Scientific memoirs by medical officers of the Army of India - Part VI,
Year: 1891
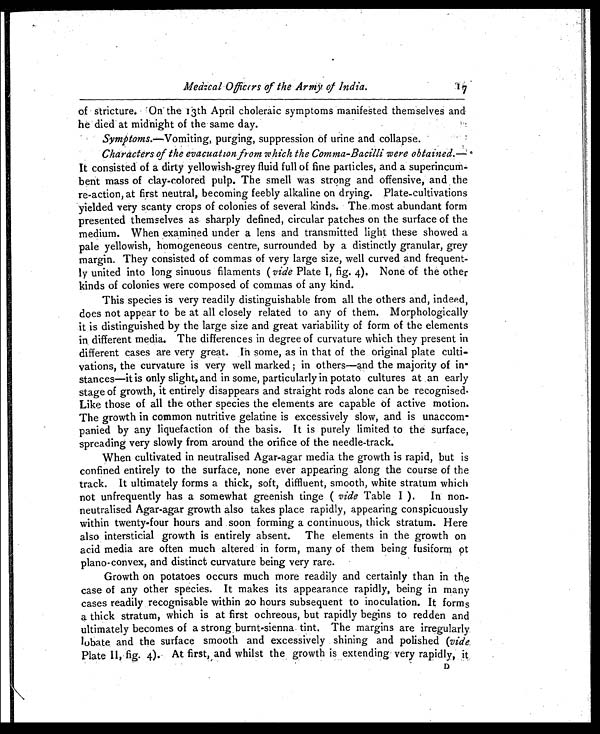
Medical Officers of the Army of India.
of stricture. On the 13th April choleraic symptoms manifested themselves and
he died at midnight of the same day.
Symptoms.—Vomiting, purging, suppression of urine and collapse.
Characters of the evacuation from which the Comma-Bacilli were obtained.-
It consisted of a dirty yellowish-grey fluid full of fine particles, and a superincum-
bent mass of clay-colored pulp. The smell was strong and offensive, and the
re-action, at first neutral, becoming feebly alkaline on drying. Plate-cultivations
yielded very scanty crops of colonies of several kinds. The most abundant form
presented themselves as sharply defined, circular patches on the surface of the
medium. When examined under a lens and transmitted light these showed a
pale yellowish, homogeneous centre, surrounded by a distinctly granular, grey
margin. They consisted of commas of very large size, well curved and frequent-
- l y u n i t e d i n t o l o n g s i n u o u s f i l a m e n t s (v
i d e
P l a t e I , f i g
. 4 ) . N o n e o f t h e o t h e r
kinds of colonies were composed of commas of any kind.
This species is very readily distinguishable from all the others and, indeed,
does not appear to be at all closely related to any of them. Morphologically
it is distinguished by the large size and great variability of form of the elements
in different media. The differences in degree of curvature which they present in
different cases are very great. In some, as in that of the original plate culti-
vations, the curvature is very well marked; in others—and the majority of in-
stances—it is only slight, and in some, particularly in potato cultures at an early
stage of growth, it entirely disappears and straight rods alone can be recognised.
Like those of all the other species the elements are capable of active motion.
The growth in common nutritive gelatine is excessively slow, and is unaccom-
panied by any liquefaction of the basis. It is purely limited to the surface,
spreading very slowly from around the orifice of the needle-track.
When cultivated in neutralised Agar-agar media the growth is rapid, but is
confined entirely to the surface, none ever appearing along the course of the
track. It ultimately forms a thick, soft, diffluent, smooth, white stratum which
not unfrequently has a somewhat greenish tinge ( vide Table I ). In non-
neutralised Agar-agar growth also takes place rapidly, appearing conspicuously
within twenty-four hours and soon forming a continuous, thick stratum. Here
also intersticial growth is entirely absent. The elements in the growth on
acid media are often much altered in form, many of them being fusiform ot
plano-convex, and distinct curvature being very rare.
Growth on potatoes occurs much more readily and certainly than in the
case of any other species. It makes its appearance rapidly, being in many
cases readily recognisable within 20 hours subsequent to inoculation. It forms
a thick stratum, which is at first ochreous, but rapidly begins to redden and
ultimately becomes of a strong burnt-sienna tint. The margins are irregularly.
lobate and the surface smooth and excessively shining and polished ( vide
Plate II, fig. 4.). At first, and whilst the growth is extending very rapidly, it
D